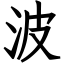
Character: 波